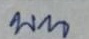
บน